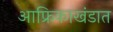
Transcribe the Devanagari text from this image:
आफ्रिकाखंडात